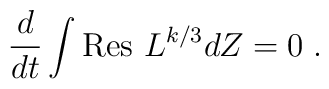
\frac{d}{dt} \int \mbox{Res } L^{k/3} d Z =0 \; .